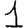
Digit: 1